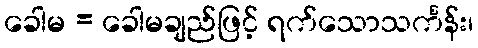
ခေါမ = ခေါမချည်ဖြင့် ရက်သောသင်္ကန်း၊